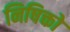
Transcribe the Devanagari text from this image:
निषिक्तो